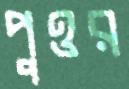
পুওর